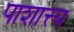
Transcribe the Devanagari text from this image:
पाशात्त्य